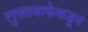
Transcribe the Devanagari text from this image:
लुफ्तवाफेकडून